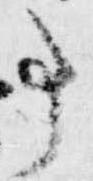
事